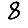
Digit: 8